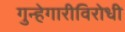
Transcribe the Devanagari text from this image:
गुन्हेगारीविरोधी